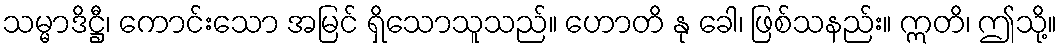
သမ္မာဒိဋ္ဌီ၊ ကောင်းသော အမြင် ရှိသောသူသည်။ ဟောတိ နု ခေါ၊ ဖြစ်သနည်း။ ဣတိ၊ ဤသို့။